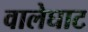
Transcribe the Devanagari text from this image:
वालेघाट